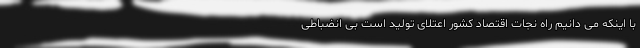
با اینکه می دانیم راه نجات اقتصاد کشور اعتلای تولید است بی انضباطی